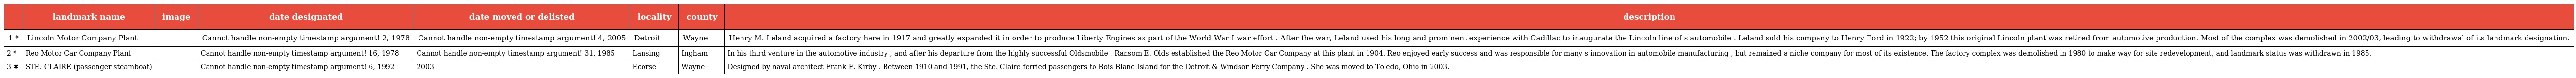
|  | landmark name | image | date designated | date moved or delisted | locality | county | description |
 | --- | --- | --- | --- | --- | --- | --- | --- |
 | 1 * | Lincoln Motor Company Plant |  | Cannot handle non-empty timestamp argument! 2, 1978 | Cannot handle non-empty timestamp argument! 4, 2005 | Detroit | Wayne | Henry M. Leland acquired a factory here in 1917 and greatly expanded it in order to produce Liberty Engines as part of the World War I war effort . After the war, Leland used his long and prominent experience with Cadillac to inaugurate the Lincoln line of s automobile . Leland sold his company to Henry Ford in 1922; by 1952 this original Lincoln plant was retired from automotive production. Most of the complex was demolished in 2002/03, leading to withdrawal of its landmark designation. |
 | 2 * | Reo Motor Car Company Plant |  | Cannot handle non-empty timestamp argument! 16, 1978 | Cannot handle non-empty timestamp argument! 31, 1985 | Lansing | Ingham | In his third venture in the automotive industry , and after his departure from the highly successful Oldsmobile , Ransom E. Olds established the Reo Motor Car Company at this plant in 1904. Reo enjoyed early success and was responsible for many s innovation in automobile manufacturing , but remained a niche company for most of its existence. The factory complex was demolished in 1980 to make way for site redevelopment, and landmark status was withdrawn in 1985. |
 | 3 # | STE. CLAIRE (passenger steamboat) |  | Cannot handle non-empty timestamp argument! 6, 1992 | 2003 | Ecorse | Wayne | Designed by naval architect Frank E. Kirby . Between 1910 and 1991, the Ste. Claire ferried passengers to Bois Blanc Island for the Detroit & Windsor Ferry Company . She was moved to Toledo, Ohio in 2003. |